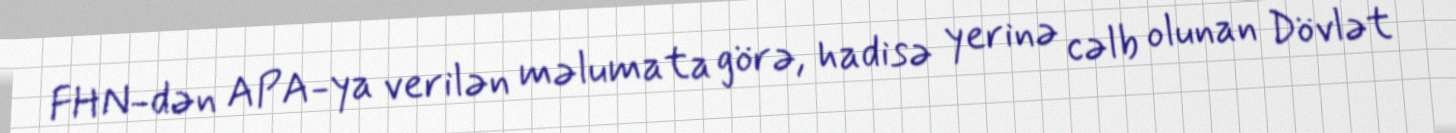
FHN-dən APA-ya verilən məlumata görə, hadisə yerinə cəlb olunan Dövlət